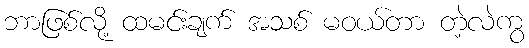
ဘာဖြစ်လို့ ထမင်းချက် အသစ် မဝယ်တာ တဲ့လဲကွ